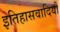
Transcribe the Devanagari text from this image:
इतिहासवादियों